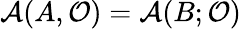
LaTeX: {\cal A}(A,{\cal O})={\cal A}(B;{\cal O})